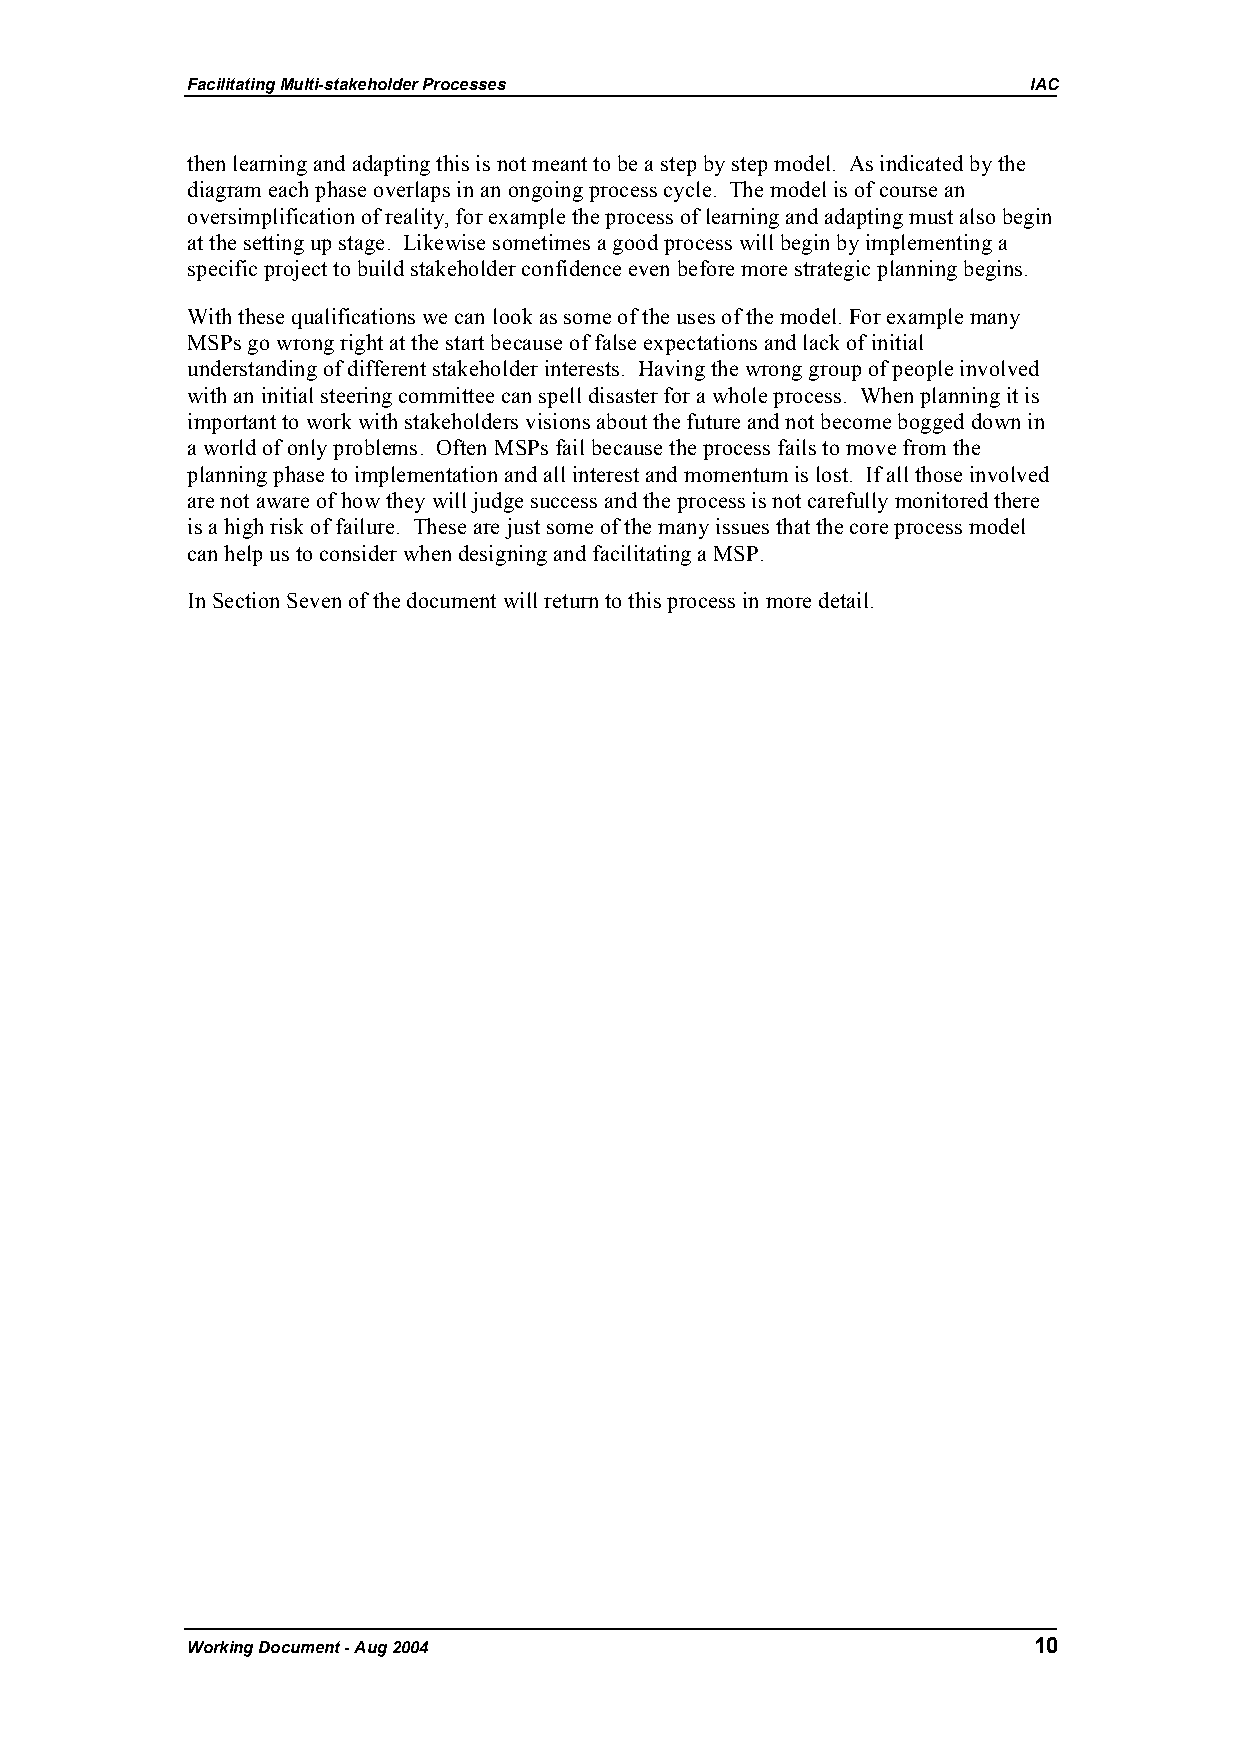
Facilitating Multi-stakeholder Processes                IAC
 then learning and adapting this is not meant to be a step by step model. As indicated by the
 diagram each phase overlaps in an ongoing process cycle. The model is of course an
 oversimplification of reality, for example the process of learning and adapting must also begin
 at the setting up stage. Likewise sometimes a good process will begin by implementing a
 specific project to build stakeholder confidence even before more strategic planning begins.
 With these qualifications we can look as some of the uses of the model. For example many
 MSPs go wrong right at the start because of false expectations and lack of initial
 understanding of different stakeholder interests. Having the wrong group of people involved
 with an initial steering committee can spell disaster for a whole process. When planning it is
 important to work with stakeholders visions about the future and not become bogged down in
 a world of only problems. Often MSPs fail because the process fails to move from the
 planning phase to implementation and all interest and momentum is lost. If all those involved
 are not aware of how they will judge success and the process is not carefully monitored there
 is a high risk of failure. These are just some of the many issues that the core process model
 can help us to consider when designing and facilitating a MSP.
 In Section Seven of the document will return to this process in more detail.
 Working Document - Aug 2004                             10